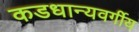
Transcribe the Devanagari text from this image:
कडधान्यवर्गीय